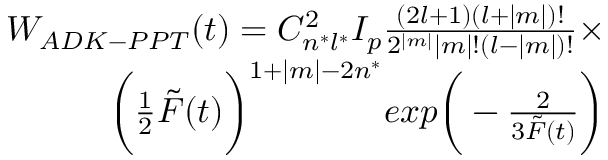
\begin{array} { r } { W _ { A D K - P P T } ( t ) = C _ { n ^ { * } l ^ { * } } ^ { 2 } I _ { p } \frac { ( 2 l + 1 ) ( l + | m | ) ! } { 2 ^ { | m | } | m | ! ( l - | m | ) ! } \times } \\ { \bigg ( \frac { 1 } { 2 } \tilde { F } ( t ) \bigg ) ^ { 1 + | m | - 2 n ^ { * } } e x p \bigg ( - \frac { 2 } { 3 \tilde { F } ( t ) } \bigg ) } \end{array}